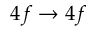
4 f \to 4 f